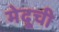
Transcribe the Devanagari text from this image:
मेदूची